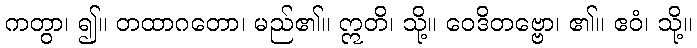
ကတွာ၊ ၍။ တထာဂတော၊ မည်၏။ ဣတိ၊ သို့။ ဝေဒိတဗ္ဗော၊ ၏။ ဧဝံ၊ သို့။